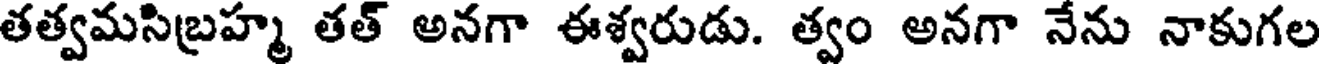
తత్వమసిబ్రహ్మ తత్ అనగా ఈశ్వరుడు. త్వం అనగా నేను నాకుగల